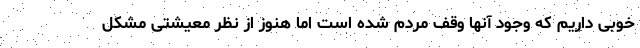
خوبی داریم که وجود آنها وقف مردم شده است اما هنوز از نظر معیشتی مشکل